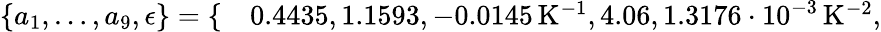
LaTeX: \begin{array}{rl}{\{ a_{1},\dotsc,a_{9},\epsilon\} =\{ }&{{}0.4435,1.1593,-0.0145\, \mathrm{K}^{-1},4.06,1.3176\cdot 10^{-3}\, \mathrm{K}^{-2},}\end{array}